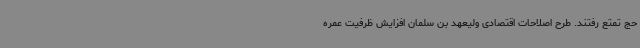
حج تمتع رفتند. طرح اصلاحات اقتصادی ولیعهد بن سلمان افزایش ظرفیت عمره